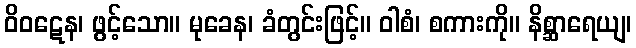
ဝိဝဋေန၊ ဖွင့်သော။ မုခေန၊ ခံတွင်းဖြင့်။ ဝါစံ၊ စကားကို။ နိစ္ဆာရေယျ၊